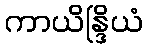
ကာယိန္ဒြိယံ